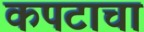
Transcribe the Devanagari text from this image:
कपटाचा